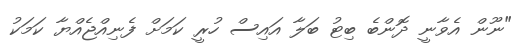
"ނޫން އެވާނީ ދޮންބެ ބިޓު ބަލާ އައިސް ހުރީ ކަމަށް ފެނިއްޖެއްޔާ ކަމަކު